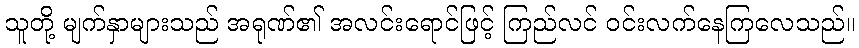
သူတို့ မျက်နှာများသည် အရုဏ်၏ အလင်းရောင်ဖြင့် ကြည်လင် ဝင်းလက်နေကြလေသည်။